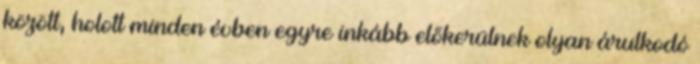
között, holott minden évben egyre inkább előkerülnek olyan árulkodó